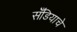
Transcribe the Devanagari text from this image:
सँडियाचे